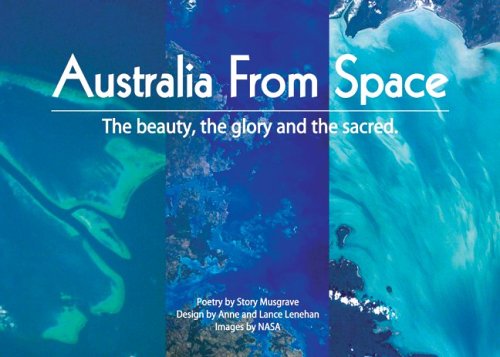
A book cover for Australia from Space; Anne Lenehan; Arts & Photography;